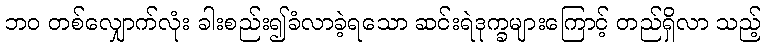
ဘဝ တစ်လျှောက်လုံး ခါးစည်း၍ခံလာခဲ့ရသော ဆင်းရဲဒုက္ခများကြောင့် တည်ရှိလာ သည့်